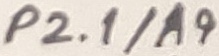
Text: P2.1/A9